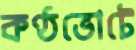
কণ্ঠভোটে